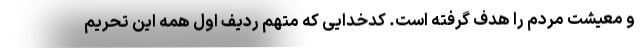
و معیشت مردم را هدف گرفته است. کدخدایی که متهم ردیف اول همه این تحریم